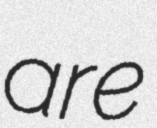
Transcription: are